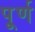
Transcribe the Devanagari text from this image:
पू्र्ण